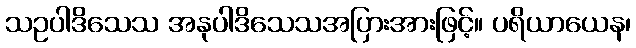
သဥပါဒိသေသ အနုပါဒိသေသအပြားအားဖြင့်။ ပရိယာယေန၊